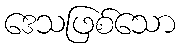
ဒေသဖြစ်သော